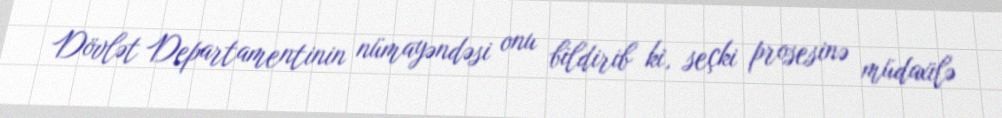
Dövlət Departamentinin nümayəndəsi onu bildirib ki, seçki prosesinə müdaxilə